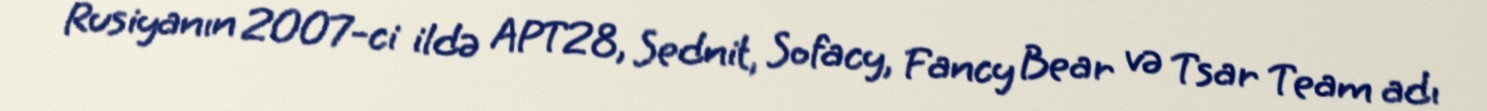
Rusiyanın 2007-ci ildə APT28, Sednit, Sofacy, Fancy Bear və Tsar Team adı